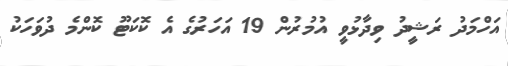
އަހްމަދު ރަޝީދު ވިދާޅުވީ އުމުރުން 19 އަހަރުގެ އެ ކޮކަޓޫ ކޮންމެ ދުވަހަކު